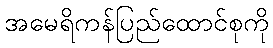
အမေရိကန်ပြည်ထောင်စုကို